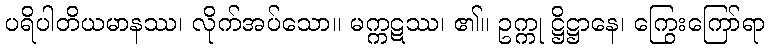
ပရိပါတိယမာနဿ၊ လိုက်အပ်သော။ မက္ကဋဿ၊ ၏။ ဥက္ကု ဋ္ဌိဋ္ဌာနေ၊ ကြွေးကြော်ရာ